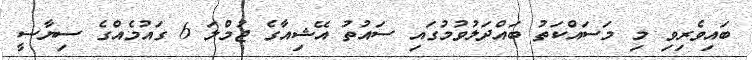
ބައިވެރިވި މި މަސައްކަތު ބައްދަލުވުމުގައި ސައުތު އޭޝިއާގެ ޖުމްލަ 6 ގައުމެއްގެ ސިޔާސީ